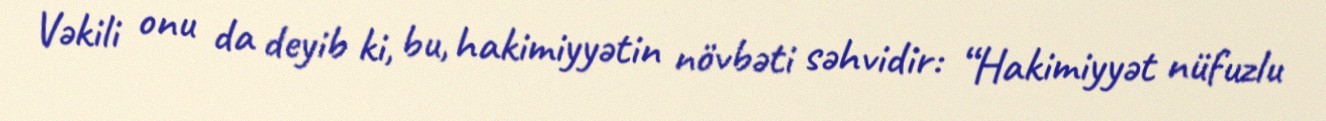
Vəkili onu da deyib ki, bu, hakimiyyətin növbəti səhvidir: “Hakimiyyət nüfuzlu